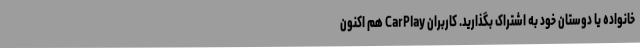
خانواده یا دوستان خود به اشتراک بگذارید. کاربران CarPlay هم اکنون